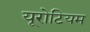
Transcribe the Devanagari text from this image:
यूरोटियम